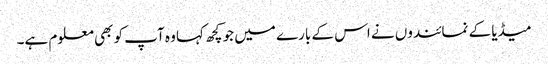
میڈیا کے نمائندوں نے اس کے بارے میں جو کچھ کہا وہ آپ کو بھی معلوم ہے۔